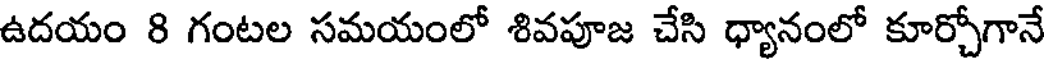
ఉదయం 8 గంటల సమయంలో శివపూజ చేసి ధ్యానంలో కూర్చోగానే